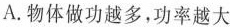
A.物体做功越多，功率越大